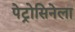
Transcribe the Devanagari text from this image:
पेट्रोसिनेला